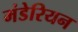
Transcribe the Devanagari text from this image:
मंडेरियन